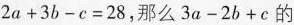
$$2 a + 3 b - c = 2 8$$，那么$$3 a - 2 b + c$$的